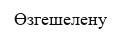
Өзгешелену